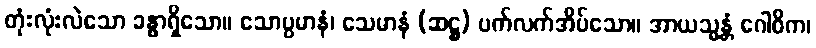
တုံးလုံးလဲသော ခန္ဓာရှိသော။ သောပ္ပမာနံ၊ သေမာနံ (ဆဋ္ဌ) ပက်လက်အိပ်သော။ အာယသ္မန္တံ ဂေါဓိက၊